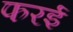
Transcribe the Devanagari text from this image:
फरई